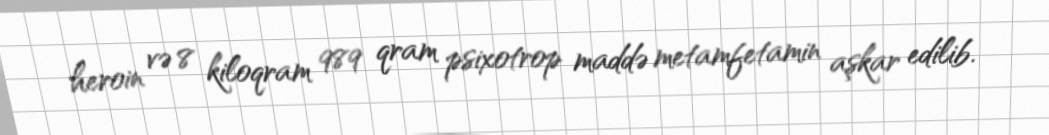
heroin və 8 kiloqram 989 qram psixotrop maddə metamfetamin aşkar edilib.